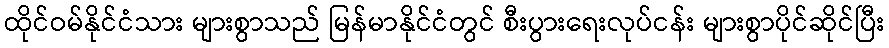
ထိုင်ဝမ်နိုင်ငံသား များစွာသည် မြန်မာနိုင်ငံတွင် စီးပွားရေးလုပ်ငန်း များစွာပိုင်ဆိုင်ပြီး